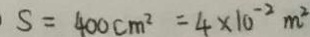
S = 4 0 0 c m ^ { 2 } = 4 \times 1 0 ^ { - 2 } m ^ { 2 }